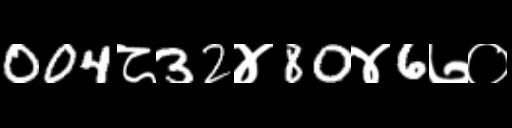
Text: 004८32४80४6७०